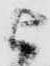
被